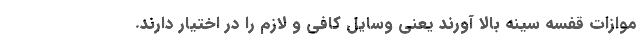
موازات قفسه سینه بالا آورند یعنی وسایل کافی و لازم را در اختیار دارند.